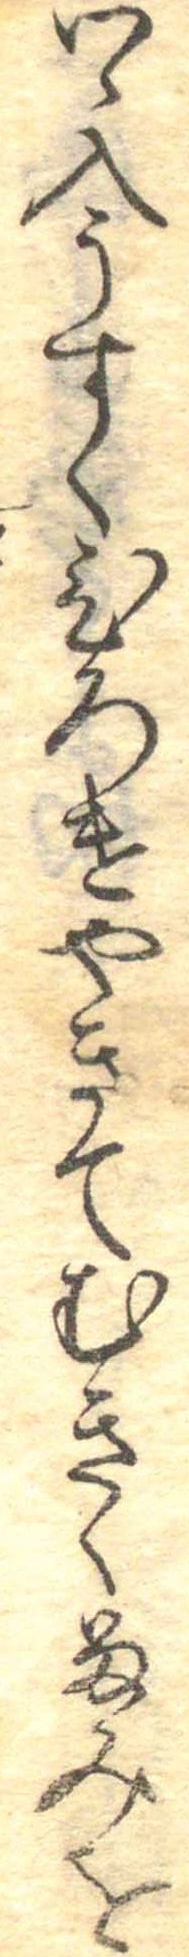
つゝ入うすくひろけやきてむきくるみを